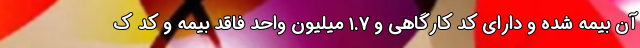
آن بیمه شده و دارای کد کارگاهی و ۱.۷ میلیون واحد فاقد بیمه و کد ک